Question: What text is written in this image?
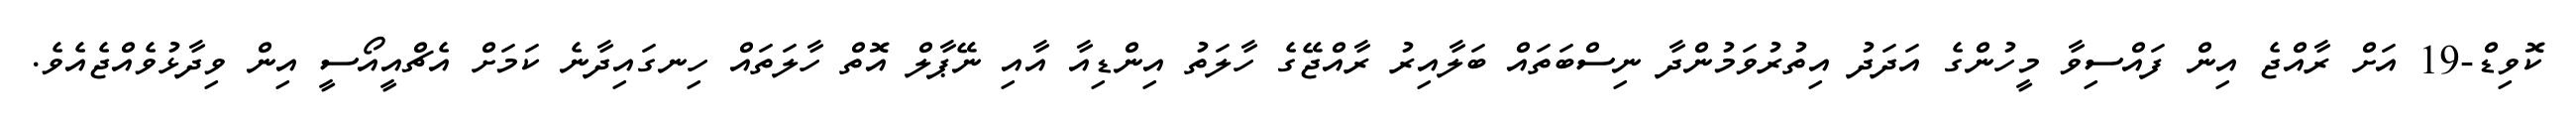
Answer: ކޮވިޑް-19 އަށް ރާއްޖެ އިން ފައްސިވާ މީހުންގެ އަދަދު އިތުރުވަމުންދާ ނިސްބަތައް ބަލާއިރު ރާއްޖޭގެ ހާލަތު އިންޑިއާ އާއި ނޭޕާލް އޮތް ހާލަތައް ހިނގައިދާނެ ކަމަށް އެޗްއީއޯސީ އިން ވިދާޅުވެއްޖެއެވެ.